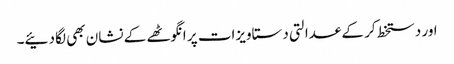
اور دستخط کر کے عدالتی دستاویزات پر انگوٹھے کے نشان بھی لگا دئیے۔